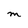
Character: M